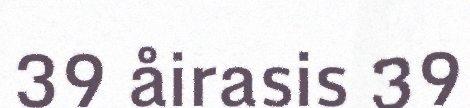
39 åirasis 39